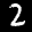
Label: 2